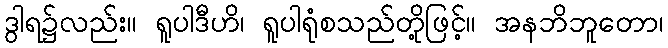
ဒွါရ၌လည်း။ ရူပါဒီဟိ၊ ရူပါရုံစသည်တို့ဖြင့်။ အနဘိဘူတော၊